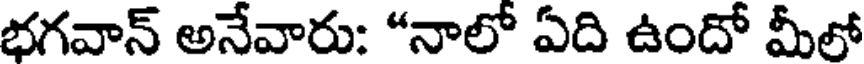
భగవాన్ అనేవారు: "నాలో ఏది ఉందో మీలో